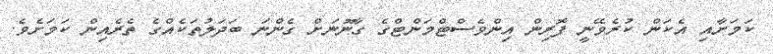
ކަމަށާއި އެކަން ކުރެވޭނީ ފޮރިން އިންވެސްޓްމަންޓްގެ ގާނޫނަށް ގެންނަ ބަދަލުތަކެއްގެ ތެރެއިން ކަމަށެވެ.